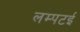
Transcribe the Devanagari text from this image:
लम्पटई